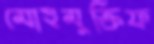
মোহমুক্তিফ